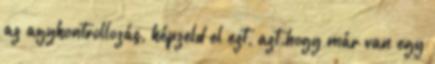
az agykontrollozás, képzeld el ezt, azt.hogy már van egy